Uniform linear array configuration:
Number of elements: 64
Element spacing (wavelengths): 1
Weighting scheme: exponential
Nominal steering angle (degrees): -30
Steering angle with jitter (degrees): -29.161
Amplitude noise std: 0.05
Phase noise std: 0.05

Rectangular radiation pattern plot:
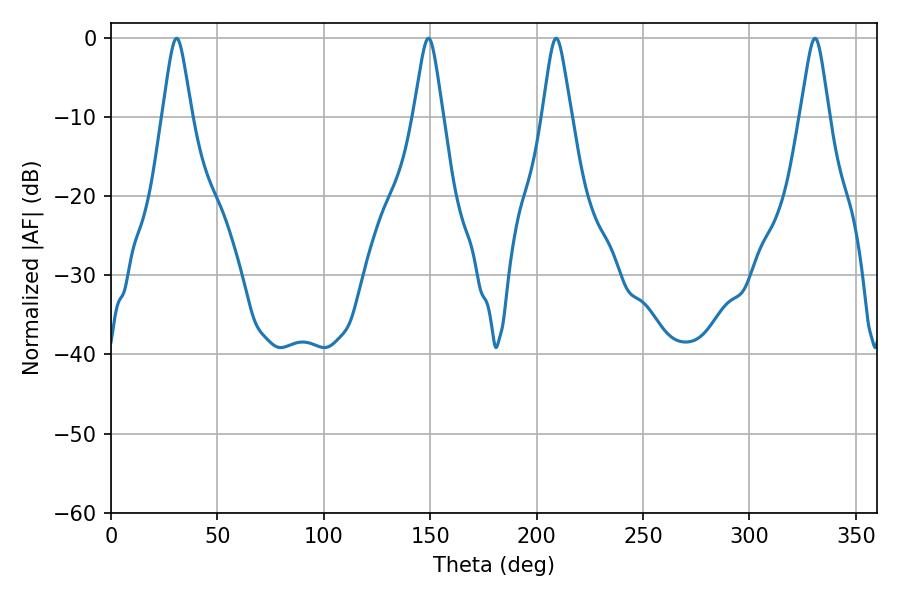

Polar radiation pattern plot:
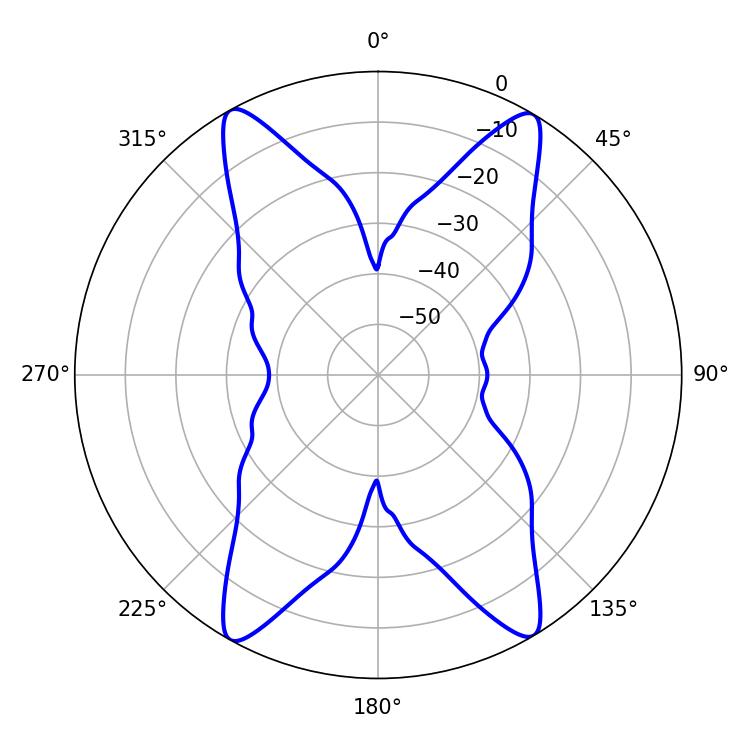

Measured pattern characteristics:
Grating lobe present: TRUE
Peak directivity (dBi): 22.806
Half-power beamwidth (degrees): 6.3
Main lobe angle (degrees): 209.16